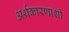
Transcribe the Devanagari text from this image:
अर्थकारणाशी